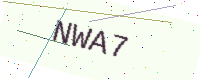
Text: NWA7